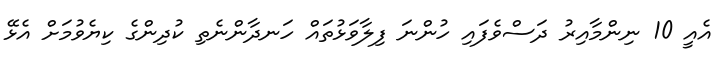
އެއީ 10 ނިންމާއިރު ދަސްވެފައި ހުންނަ ފިލާވަޅުތައް ހަނދާންނެތި ކުދިންގެ ކިޔެވުމަށް އެޅޭ